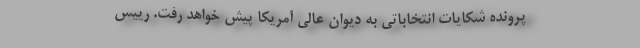
پرونده شکایات انتخاباتی به دیوان عالی آمریکا پیش خواهد رفت. رییس